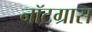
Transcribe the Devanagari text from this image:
नॉटग्रास